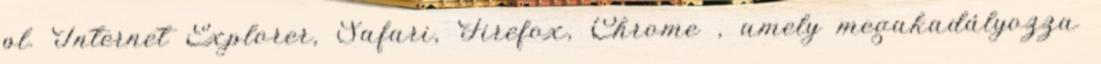
pl. Internet Explorer, Safari, Firefox, Chrome , amely megakadályozza